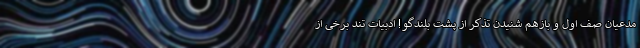
مدعیان صف اول و بازهم شنیدن تذکر از پشت بلندگو! ادبیات تند برخی از